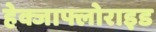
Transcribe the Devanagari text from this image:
हेक्जाफ्लोराइड